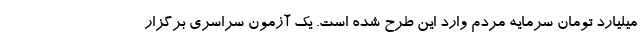
میلیارد تومان سرمایه مردم وارد این طرح شده است. یک آزمون سراسری برگزار